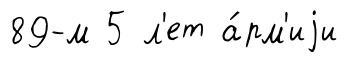
89-м 5 л'ет а́рм'иjи